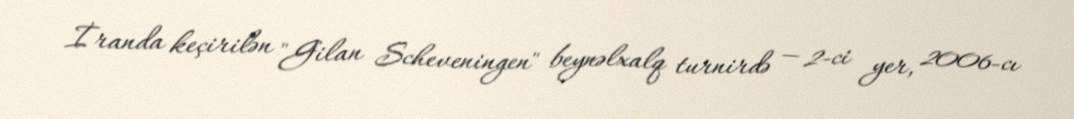
İranda keçirilən "Gilan Scheveningen" beynəlxalq turnirdə — 2-ci yer, 2006-cı